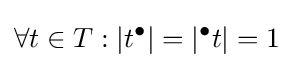
\forall t\in T:|t^{\bullet }|=|{}^{\bullet }t|=1